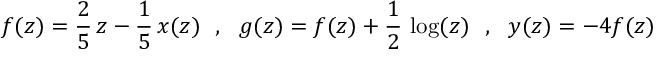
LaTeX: f ( z ) = \frac { 2 } { 5 } \, z - \frac { 1 } { 5 } \, x ( z ) ~ ~ , ~ ~ g ( z ) = f ( z ) + \frac { 1 } { 2 } \, \log ( z ) ~ ~ , ~ ~ y ( z ) = - 4 f ( z )